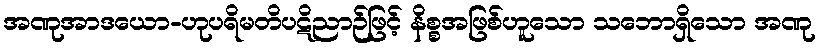
အဏုအာဒယော-ဟုပရိမတိပဋိညာဉ်ဖြင့် နိစ္စအဖြစ်ဟူသော သဘောရှိသော အဏု